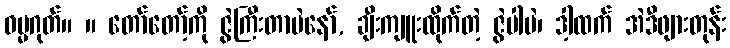
ဓမ္မဂုတ်။ ။ တော်တော့်ကို ဇွဲကြီးတာပဲနော်, ချီးကျူးထိုက်တဲ့ ဇွဲပါပဲ၊ ဒါ့ထက် အဲဒီဖျားတုန်း